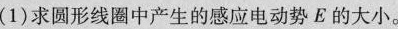
(1)求圆形线圈中产生的感应电动势E的大小。